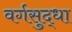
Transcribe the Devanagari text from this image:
वर्गसुद्धा